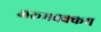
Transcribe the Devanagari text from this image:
अरूमबक्कम